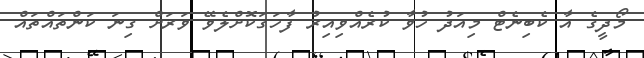
މޯދީގެ އާ ކެބިނެޓް މިއަދު ހުވާ ކުރެއްވިއިރު ފާހަގަކޮށްލެވޭ ވަރަށް ގިނަ ކަންތައްތައް